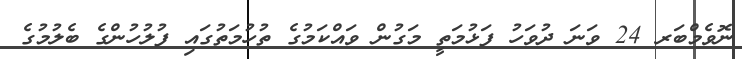
ނޮވެމްބަރ 24 ވަނަ ދުވަހު ފަޅުމަތީ މަގުން ވައްކަމުގެ ތުހުމަތުގައި ފުލުހުންގެ ބެލުމުގެ